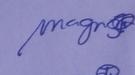
Signature authenticity: genuine